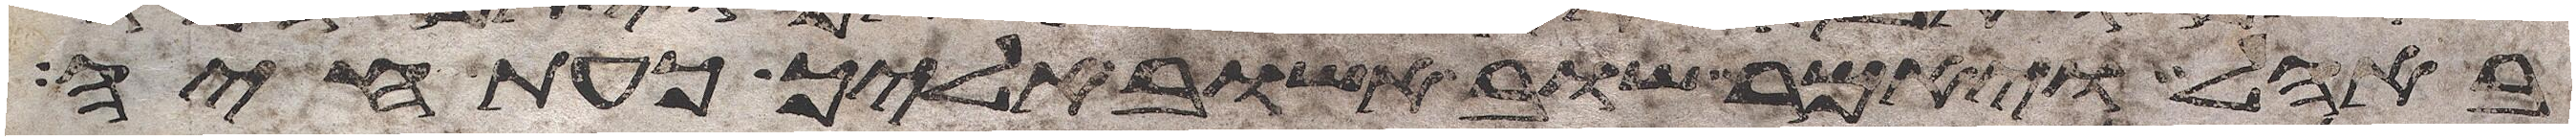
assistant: באהל ויאמר שוב אשוב אליך כעת חיה